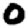
Digit: 0